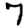
Digit: 7